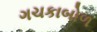
ગચકાબોળ